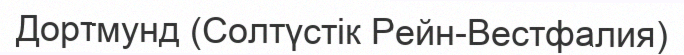
Дортмунд (Солтүстік Рейн-Вестфалия)